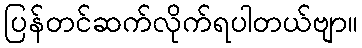
ပြန်တင်ဆက်လိုက်ရပါတယ်ဗျာ။